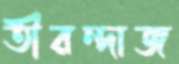
তীরন্দাজ